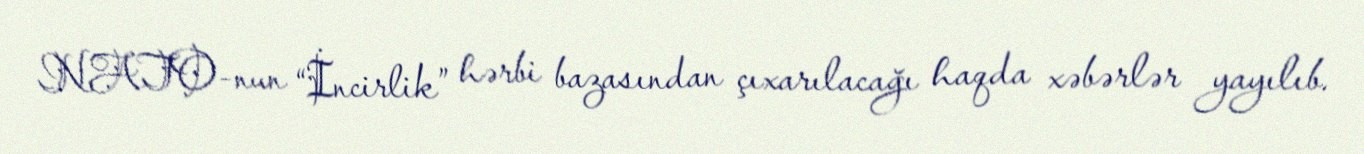
NATO-nun “İncirlik” hərbi bazasından çıxarılacağı haqda xəbərlər yayılıb.